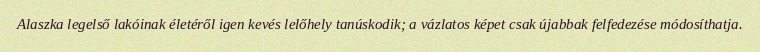
Alaszka legelső lakóinak életéről igen kevés lelőhely tanúskodik; a vázlatos képet csak újabbak felfedezése módosíthatja.